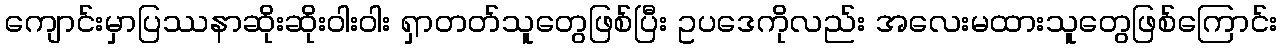
ကျောင်းမှာပြဿနာဆိုးဆိုးဝါးဝါး ရှာတတ်သူတွေဖြစ်ပြီး ဥပဒေကိုလည်း အလေးမထားသူတွေဖြစ်ကြောင်း